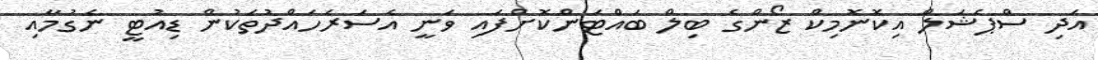
އަދި ސްޕެޝަލް އިކޮނޮމިކް ޒޯންގެ ބިލް ބައްޓަންކޮށްފައި ވަނީ އެސަރަހައްދުތަކުން ޑިއުޓީ ނެގުމާއި